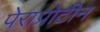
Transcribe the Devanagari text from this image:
पेराप्रोटीन